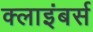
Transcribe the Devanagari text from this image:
क्लाइंबर्स